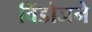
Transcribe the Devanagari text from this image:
विंडोजने